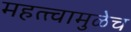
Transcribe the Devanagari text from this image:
महत्त्वामुळेच